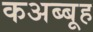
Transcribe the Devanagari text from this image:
कअब्बूह